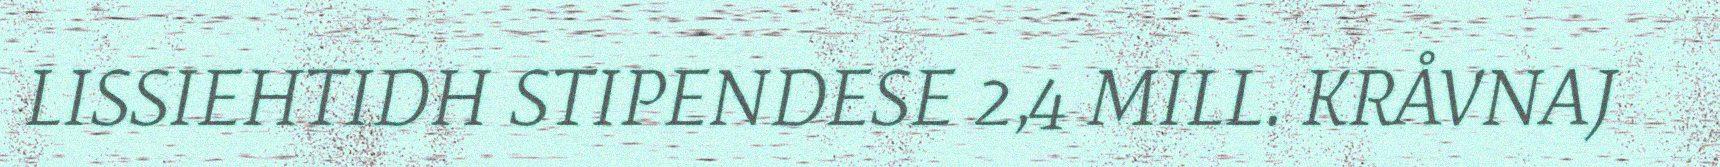
LISSIEHTIDH STIPENDESE 2,4 MILL. KRÅVNAJ